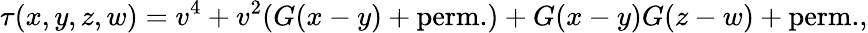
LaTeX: \tau(x,y,z,w)=v^{4}+v^{2}(G(x-y)+\mathrm{perm.})+G(x-y)G(z-w)+\mathrm{perm.},